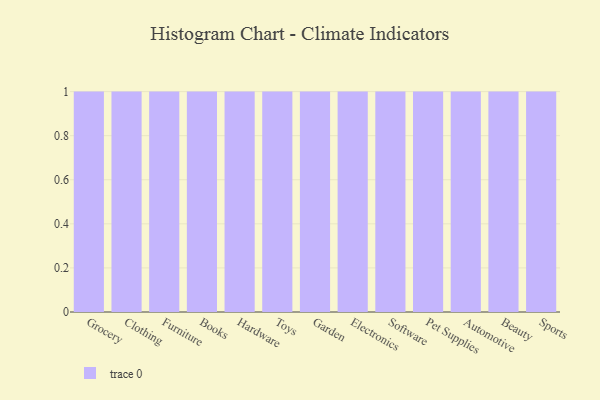
{"axis": {"x": "Category", "y": "Demand Index"}, "legend": [""], "data": [{"x": "Grocery", "y": 76, "type": ""}, {"x": "Clothing", "y": 61, "type": ""}, {"x": "Furniture", "y": 22, "type": ""}, {"x": "Books", "y": 89, "type": ""}, {"x": "Hardware", "y": 75, "type": ""}, {"x": "Toys", "y": 85, "type": ""}, {"x": "Garden", "y": 34, "type": ""}, {"x": "Electronics", "y": 35, "type": ""}, {"x": "Software", "y": 61, "type": ""}, {"x": "Pet Supplies", "y": 49, "type": ""}, {"x": "Automotive", "y": 98, "type": ""}, {"x": "Beauty", "y": 88, "type": ""}, {"x": "Sports", "y": 90, "type": ""}]}